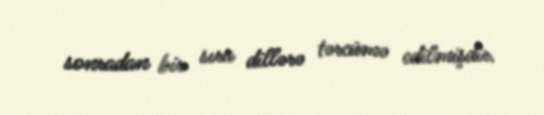
sonradan bir sıra dillərə tərcümə edilmişdir.